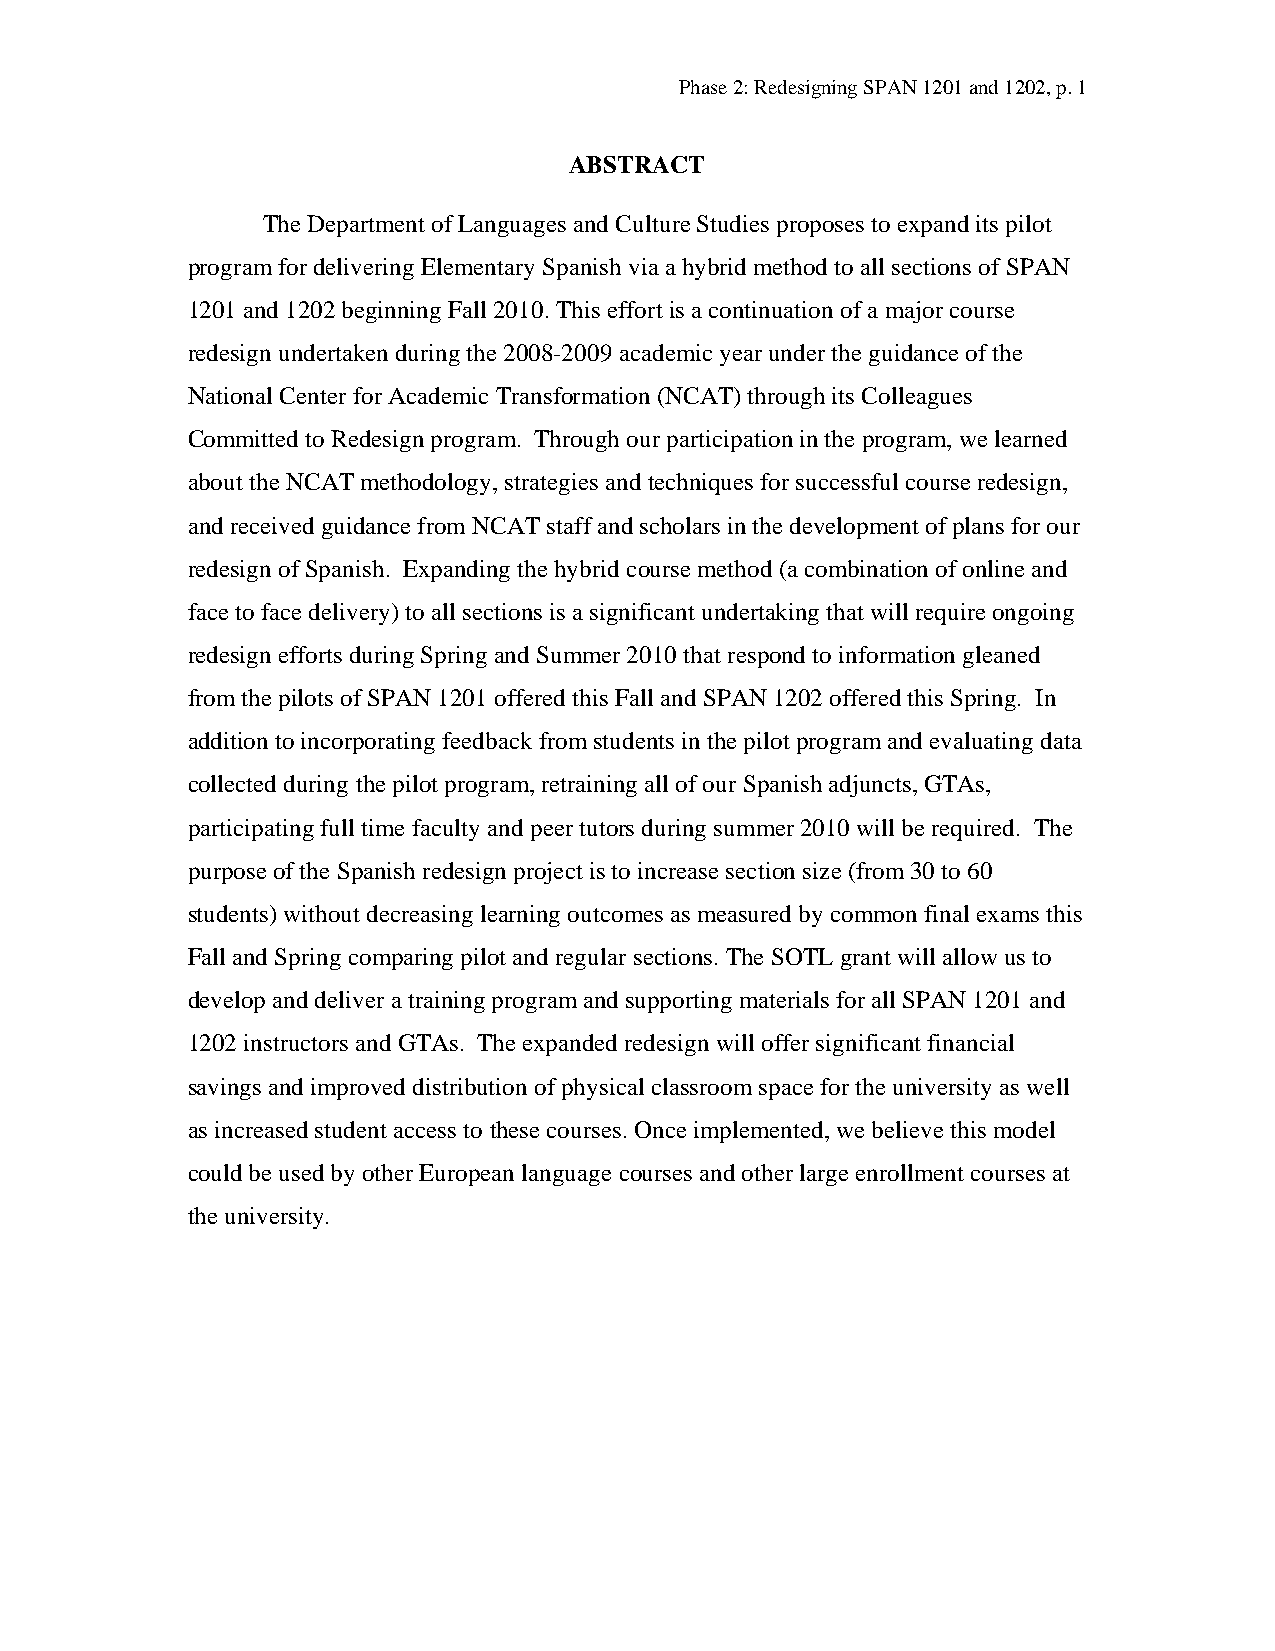
Phase 2: Redesigning SPAN 1201 and 1202, p. 1
 ABSTRACT
 The Department of Languages and Culture Studies proposes to expand its pilot
 program for delivering Elementary Spanish via a hybrid method to all sections of SPAN
 1201 and 1202 beginning Fall 2010. This effort is a continuation of a major course
 redesign undertaken during the 2008-2009 academic year under the guidance of the
 National Center for Academic Transformation (NCAT) through its Colleagues
 Committed to Redesign program. Through our participation in the program, we learned
 about the NCAT methodology, strategies and techniques for successful course redesign,
 and received guidance from NCAT staff and scholars in the development of plans for our
 redesign of Spanish. Expanding the hybrid course method (a combination of online and
 face to face delivery) to all sections is a significant undertaking that will require ongoing
 redesign efforts during Spring and Summer 2010 that respond to information gleaned
 from the pilots of SPAN 1201 offered this Fall and SPAN 1202 offered this Spring. In
 addition to incorporating feedback from students in the pilot program and evaluating data
 collected during the pilot program, retraining all of our Spanish adjuncts, GTAs,
 participating full time faculty and peer tutors during summer 2010 will be required. The
 purpose of the Spanish redesign project is to increase section size (from 30 to 60
 students) without decreasing learning outcomes as measured by common final exams this
 Fall and Spring comparing pilot and regular sections. The SOTL grant will allow us to
 develop and deliver a training program and supporting materials for all SPAN 1201 and
 1202 instructors and GTAs. The expanded redesign will offer significant financial
 savings and improved distribution of physical classroom space for the university as well
 as increased student access to these courses. Once implemented, we believe this model
 could be used by other European language courses and other large enrollment courses at
 the university.